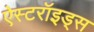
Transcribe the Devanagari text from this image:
ऐस्टरॉइड्स